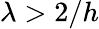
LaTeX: \lambda>2/h